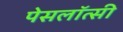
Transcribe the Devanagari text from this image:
पेसलॉत्सी